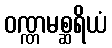
ဝဏ္ဏမစ္ဆရိယံ